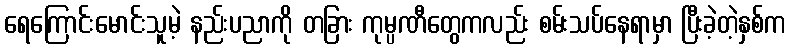
ရေကြောင်းမောင်းသူမဲ့ နည်းပညာကို တခြား ကုမ္ပဏီတွေကလည်း စမ်းသပ်နေရာမှာ ပြီးခဲ့တဲ့နှစ်က